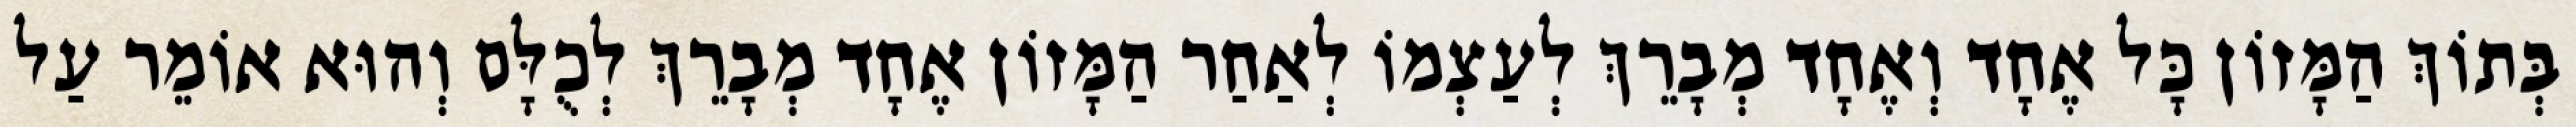
בְּתוֹךְ הַמָּזוֹן כָּל אֶחָד וְאֶחָד מְבָרֵךְ לְעַצְמוֹ לְאַחַר הַמָּזוֹן אֶחָד מְבָרֵךְ לְכֻלָּם וְהוּא אוֹמֵר עַל